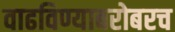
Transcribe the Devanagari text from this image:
वाढविण्याबरोबरच